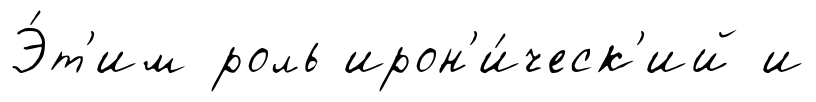
Э́т'им роль ирон'и́ческ'ий и